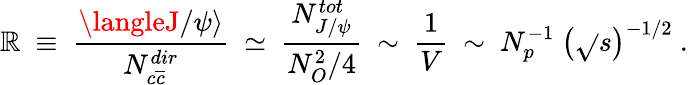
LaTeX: \mathbb{R}~\equiv~\frac{{\langleJ/\psi\rangle}}{{N_{c\overline{{{{c}}}}}^{dir}}}~\simeq~\frac{{N_{J/\psi}^{tot}}}{{N_{O}^{2}/4}}~\sim~\frac{{1}}{{V}}~\sim~N_{p}^{-1}~\left(\sqrt{}{{s}}\right)^{-1/2}~.